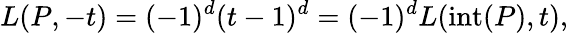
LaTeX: L(P,-t)=(-1)^{d}(t-1)^{d}=(-1)^{d}L(\operatorname{int}(P),t),